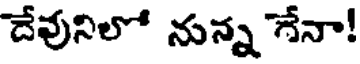
దేవునిలో నున్న గేనా!